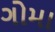
ગોમા